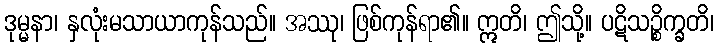
ဒုမ္မနာ၊ နှလုံးမသာယာကုန်သည်။ အဿု၊ ဖြစ်ကုန်ရာ၏။ ဣတိ၊ ဤသို့။ ပဋိသဉ္စိက္ခတိ၊